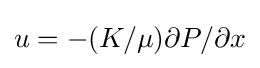
u=-(K/\mu )\partial P/\partial x